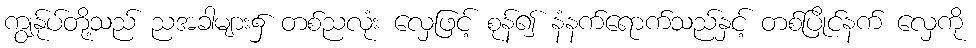
ကျွန်ုပ်တို့သည် ညအခါများ၌ တစ်ညလုံး လှေဖြင့် စုန်၍ နံနက်ရောက်သည်နှင့် တစ်ပြိုင်နက် လှေကို